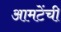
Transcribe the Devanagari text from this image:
आमटेंची